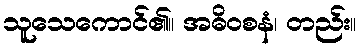
သူသေကောင်၏။ အဓိဝစနံ၊ တည်း။